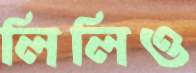
লিলিও